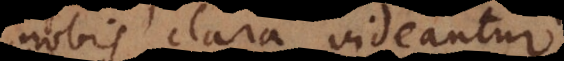
nobis clara videantur.